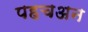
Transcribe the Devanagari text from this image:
पहचअन